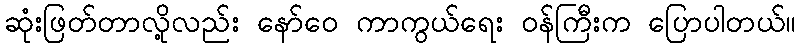
ဆုံးဖြတ်တာလို့လည်း နော်ဝေ ကာကွယ်ရေး ဝန်ကြီးက ပြောပါတယ်။